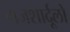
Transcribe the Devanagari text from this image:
गजशार्दूलों